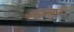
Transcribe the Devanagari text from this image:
भारद्वाजमुनी